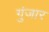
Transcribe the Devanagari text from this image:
गुंजार